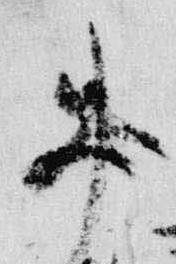
忠